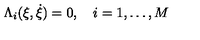
\Lambda _ { i } ( \xi , \dot { \xi } ) = 0 , \quad i = 1 , \dots , M